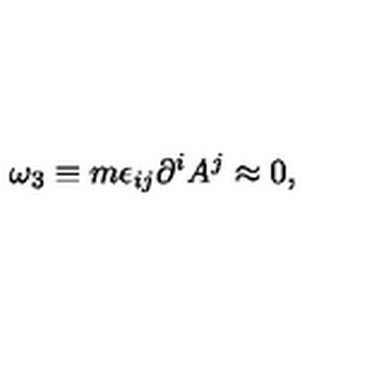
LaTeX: \omega _ { 3 } \equiv m \epsilon _ { i j } \partial ^ { i } A ^ { j } \approx 0 ,